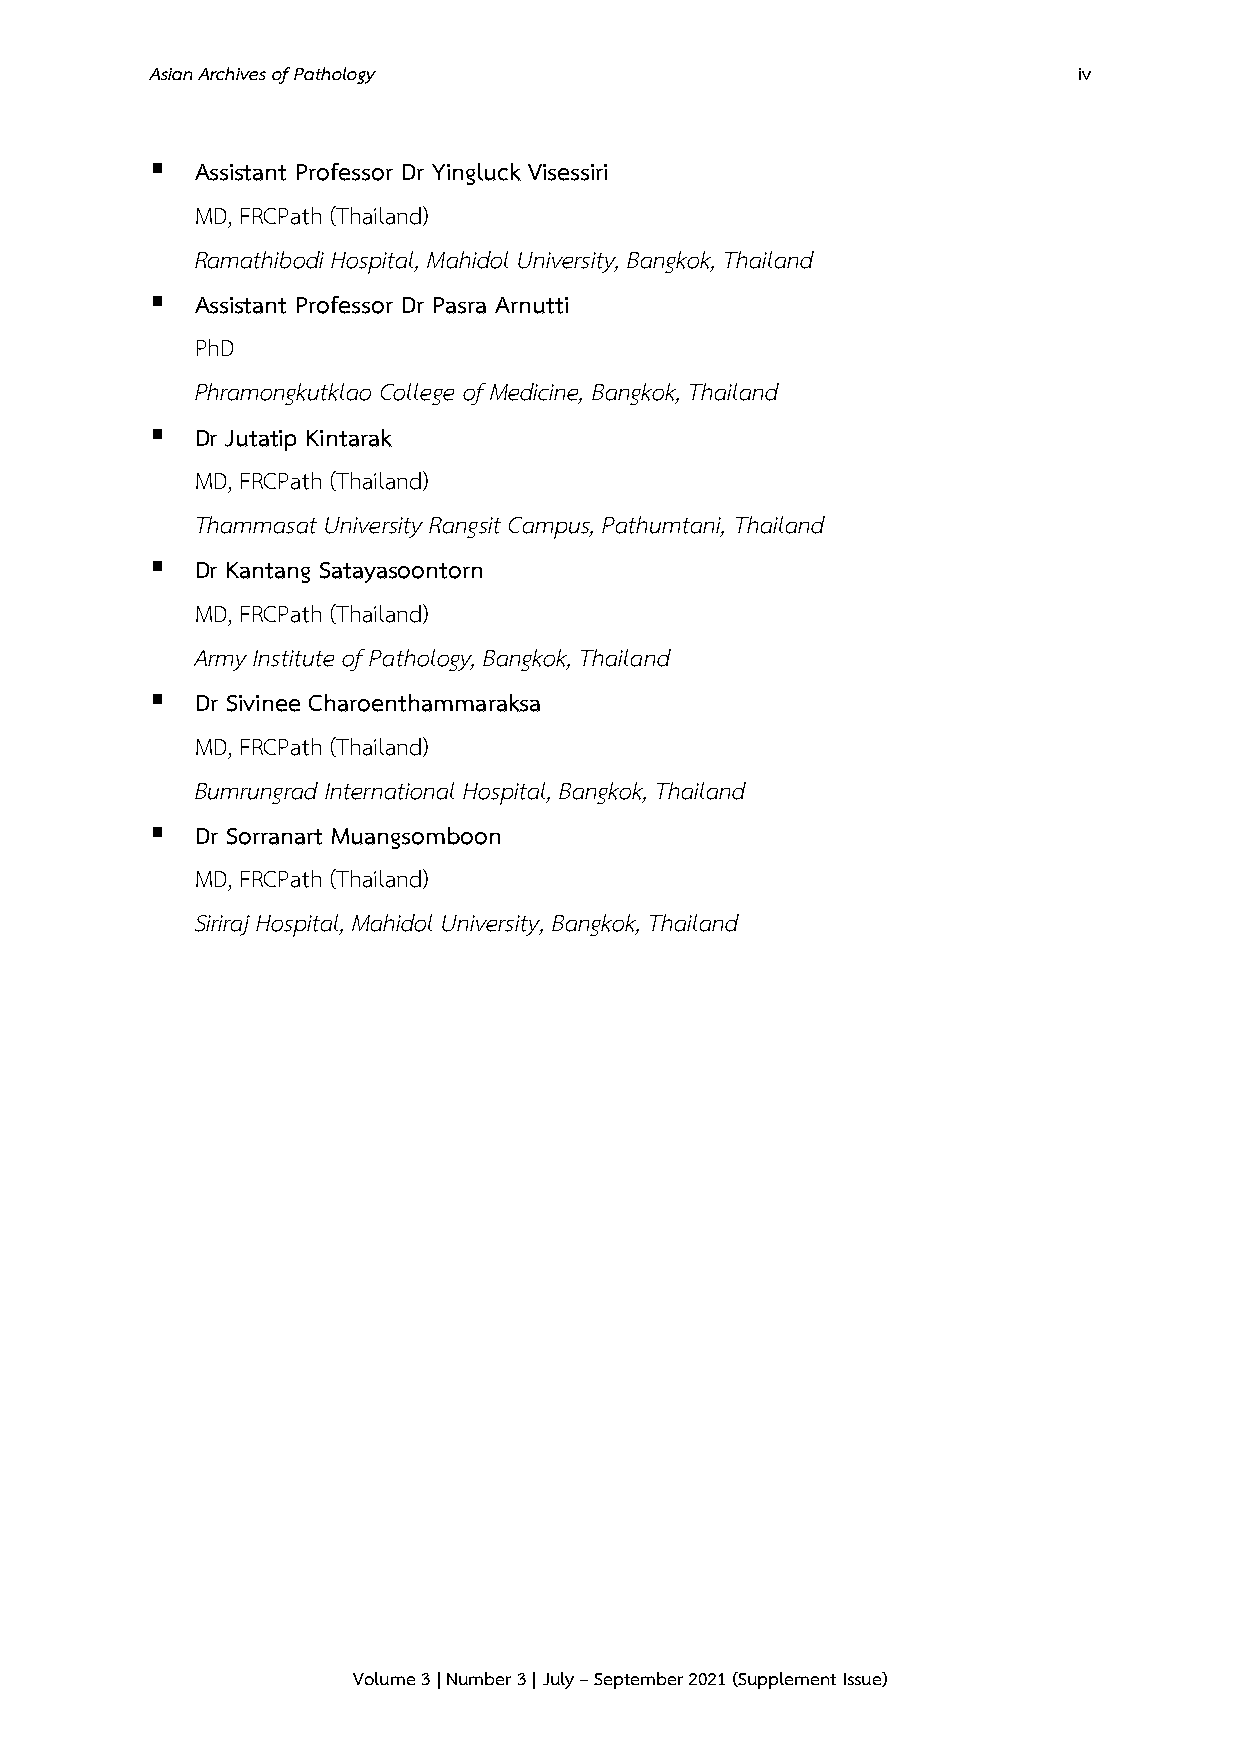
Asian Archives of Pathology                                  iv
 ▪  Assistant Professor Dr Yingluck Visessiri
 MD, FRCPath (Thailand)
 Ramathibodi Hospital, Mahidol University, Bangkok, Thailand
 ▪  Assistant Professor Dr Pasra Arnutti
 PhD
 Phramongkutklao College of Medicine, Bangkok, Thailand
 ▪  Dr Jutatip Kintarak
 MD, FRCPath (Thailand)
 Thammasat University Rangsit Campus, Pathumtani, Thailand
 ▪  Dr Kantang Satayasoontorn
 MD, FRCPath (Thailand)
 Army Institute of Pathology, Bangkok, Thailand
 ▪  Dr Sivinee Charoenthammaraksa
 MD, FRCPath (Thailand)
 Bumrungrad International Hospital, Bangkok, Thailand
 ▪  Dr Sorranart Muangsomboon
 MD, FRCPath (Thailand)
 Siriraj Hospital, Mahidol University, Bangkok, Thailand
 Volume 3 | Number 3 | July – September 2021 (Supplement Issue)